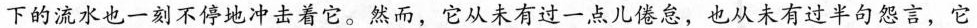
下的流水也一刻不停地冲击着它。然而，它从未有过一点儿倦怠，也从未有过半句怨言，它